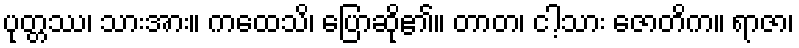
ပုတ္တဿ၊ သားအား။ ကထေသိ၊ ပြောဆို၏။ တာတ၊ ငါ့သား ဇောတိက။ ရာဇာ၊